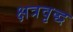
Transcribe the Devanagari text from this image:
क्षत्रवृद्ध